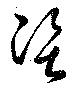
資